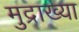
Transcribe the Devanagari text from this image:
मुद्राख्या